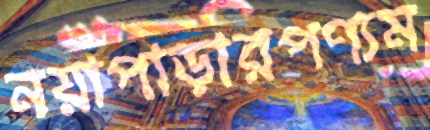
নয়াপাড়ারপণ্যম